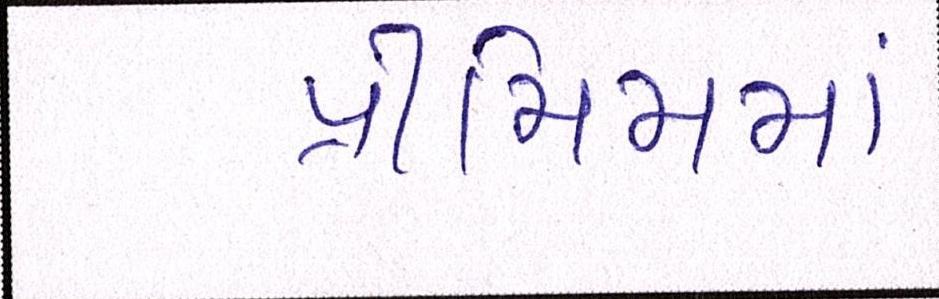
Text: પ્રીમિમમાં